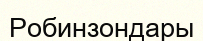
Робинзондары